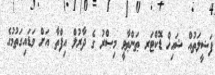
ފަޟީލަތުއް ޝައިޚް ޑޮކްޓަރ ޠަންޠާވީ މިޞްރު ގެ ދާރުލް އިފްތާ އަށް ވަޑައިގަތުމުގެ